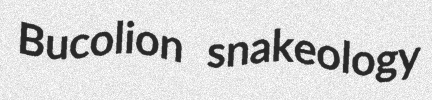
Bucolion snakeology